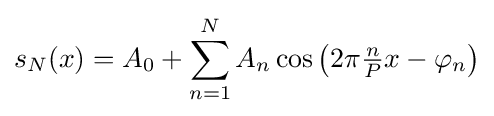
s_{N}(x)=A_{0}+\sum _{n=1}^{N}A_{n}\cos \left(2\pi {\tfrac {n}{P}}x-\varphi _{n}\right)